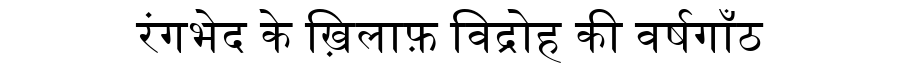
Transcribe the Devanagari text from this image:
रंगभेद के ख़िलाफ़ विद्रोह की वर्षगाँठ